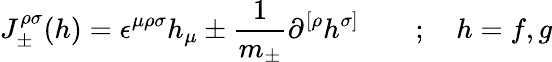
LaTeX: {J}_{\pm}^{\rho\sigma}(h)=\epsilon^{\mu\rho\sigma}h_{\mu}\pm\frac{1}{m_{\pm}}\partial^{[\rho}h^{\sigma]}\quad\quad;\quad h=f,g